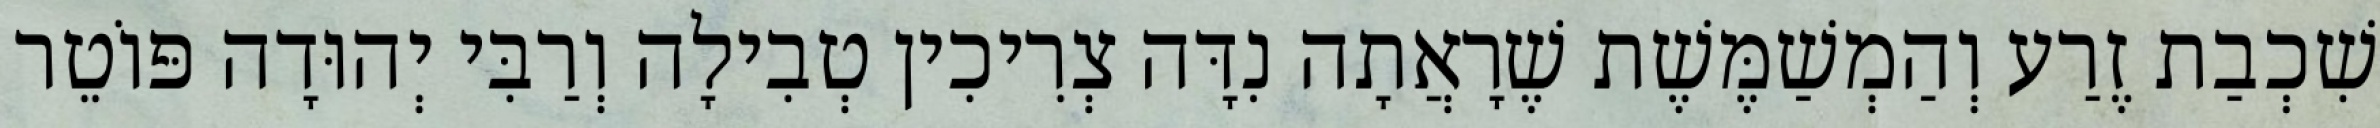
שִׁכְבַת זֶרַע וְהַמְשַׁמֶּשֶׁת שֶׁרָאֲתָה נִדָּה צְרִיכִין טְבִילָה וְרַבִּי יְהוּדָה פּוֹטֵר